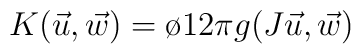
K ( \vec u, \vec w)=\o{1}{2\pi} g (J \vec u , \vec w)